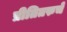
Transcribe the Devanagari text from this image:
प्रीतितरुचें